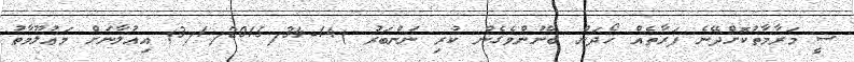
ސީ މަރާމާތުކޮށްދޭނެ ފަރާތެއް ހޯދަން ބޭނުންވެގެން ކުރި ނަންބަރު )14-3/1/2015/34) އިޢުލާނަށް މަޢުލޫމާތު